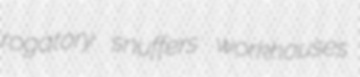
rogatory snuffers workhouses